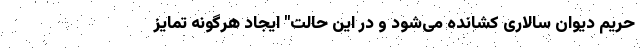
حریم دیوان سالاری کشانده می‌شود و در این حالت" ایجاد هرگونه تمایز